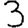
Digit: 3